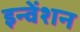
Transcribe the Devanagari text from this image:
इन्वेंशन